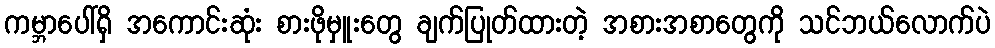
ကမ္ဘာပေါ်ရှိ အကောင်းဆုံး စားဖိုမှူးတွေ ချက်ပြုတ်ထားတဲ့ အစားအစာတွေကို သင်ဘယ်လောက်ပဲ